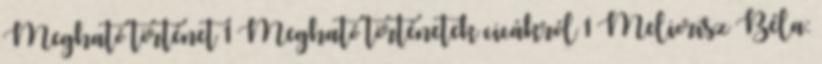
Megható történet 1 Megható történetek cicákról 1 Meliorisz Béla: